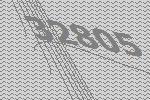
32805